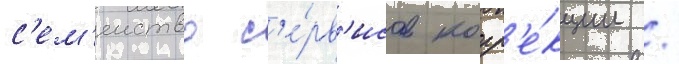
с'ем'еиство с'е́рв'исов корр'е́кции /